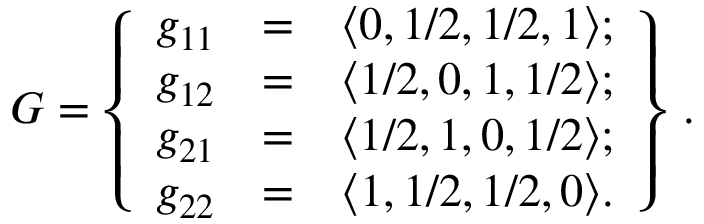
{ \cal G } = \left\{ \begin{array} { c c c } { g _ { 1 1 } } & { = } & { \langle 0 , 1 / 2 , 1 / 2 , 1 \rangle ; } \\ { g _ { 1 2 } } & { = } & { \langle 1 / 2 , 0 , 1 , 1 / 2 \rangle ; } \\ { g _ { 2 1 } } & { = } & { \langle 1 / 2 , 1 , 0 , 1 / 2 \rangle ; } \\ { g _ { 2 2 } } & { = } & { \langle 1 , 1 / 2 , 1 / 2 , 0 \rangle . } \end{array} \right\} \, .